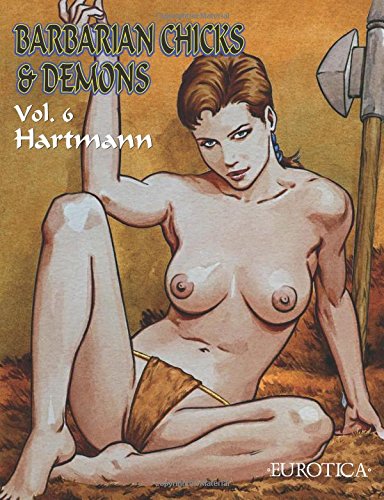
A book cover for Barbarian Chicks & Demons Vol. 6; no 1st name] Hartmann; Comics & Graphic Novels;